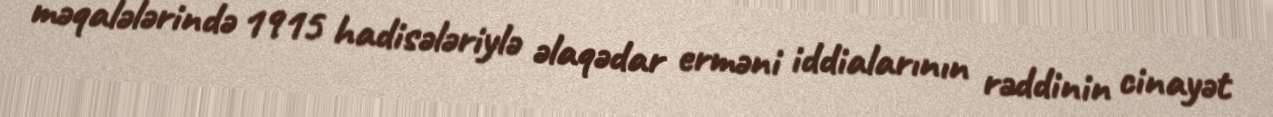
məqalələrində 1915 hadisələriylə əlaqədar erməni iddialarının rəddinin cinayət